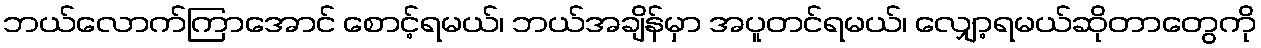
ဘယ်လောက်ကြာအောင် စောင့်ရမယ်၊ ဘယ်အချိန်မှာ အပူတင်ရမယ်၊ လျှော့ရမယ်ဆိုတာတွေကို